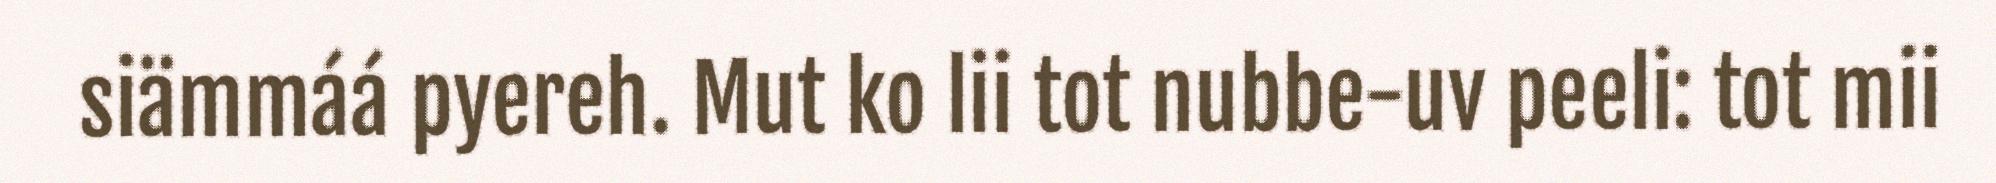
siämmáá pyereh. Mut ko lii tot nubbe-uv peeli: tot mii